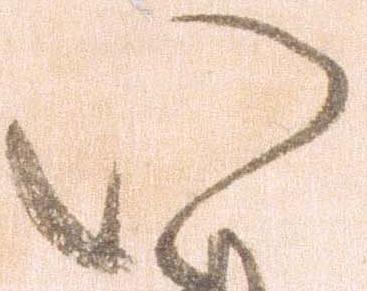
い